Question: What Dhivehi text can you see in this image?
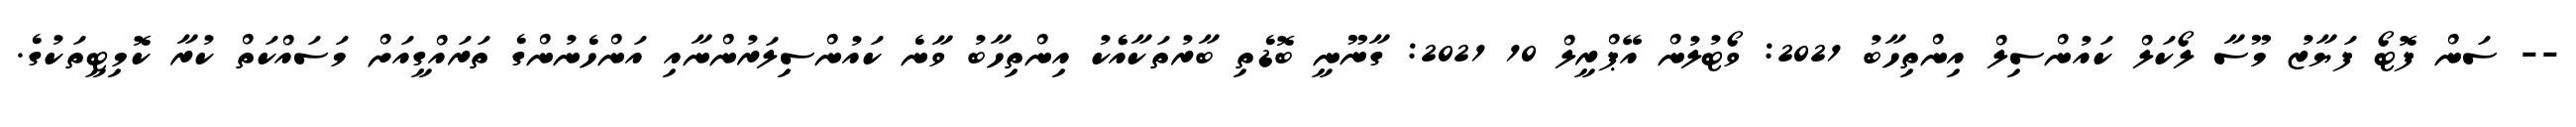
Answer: -- ސަން ފޮޓޯ ފަޔާޒު މޫސާ ލޯކަލް ކައުންސިލް އިންތިހާބު 2021: ވޯޓުލުން އޭޕްރީލް 10 2021: ގާނޫނީ ބޮޑެތި ބާރުތަކާއެެކު އިންތިހާބު ވާނެ ކައުންސިލަރުންނާއި އަންހެނުންގެ ތަރައްގީއަށް މަސައްކަތް ކުރާ ކޮމިޓީތަކުގެ.